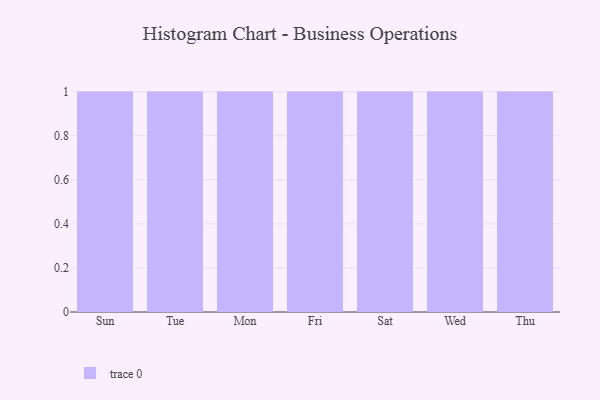
{"axis": {"x": "Day", "y": "Headcount"}, "legend": [""], "data": [{"x": "Sun", "y": 29, "type": ""}, {"x": "Tue", "y": 21, "type": ""}, {"x": "Mon", "y": 87, "type": ""}, {"x": "Fri", "y": 14, "type": ""}, {"x": "Sat", "y": 96, "type": ""}, {"x": "Wed", "y": 11, "type": ""}, {"x": "Thu", "y": 80, "type": ""}]}